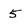
Character: 5